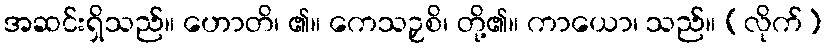
အဆင်းရှိသည်။ ဟောတိ၊ ၏။ ကေသဉှစိ၊ တို့၏။ ကာယော၊ သည်။ (လိုက်)